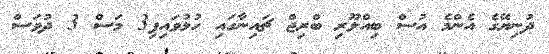
ދުނިޔޭގެ އެންމެ އުސް ބިއްލޫރި ބްރިޖް ޗައިނާގައި ހުޅުވައިފި3 މަސް 3 ދުވަސް